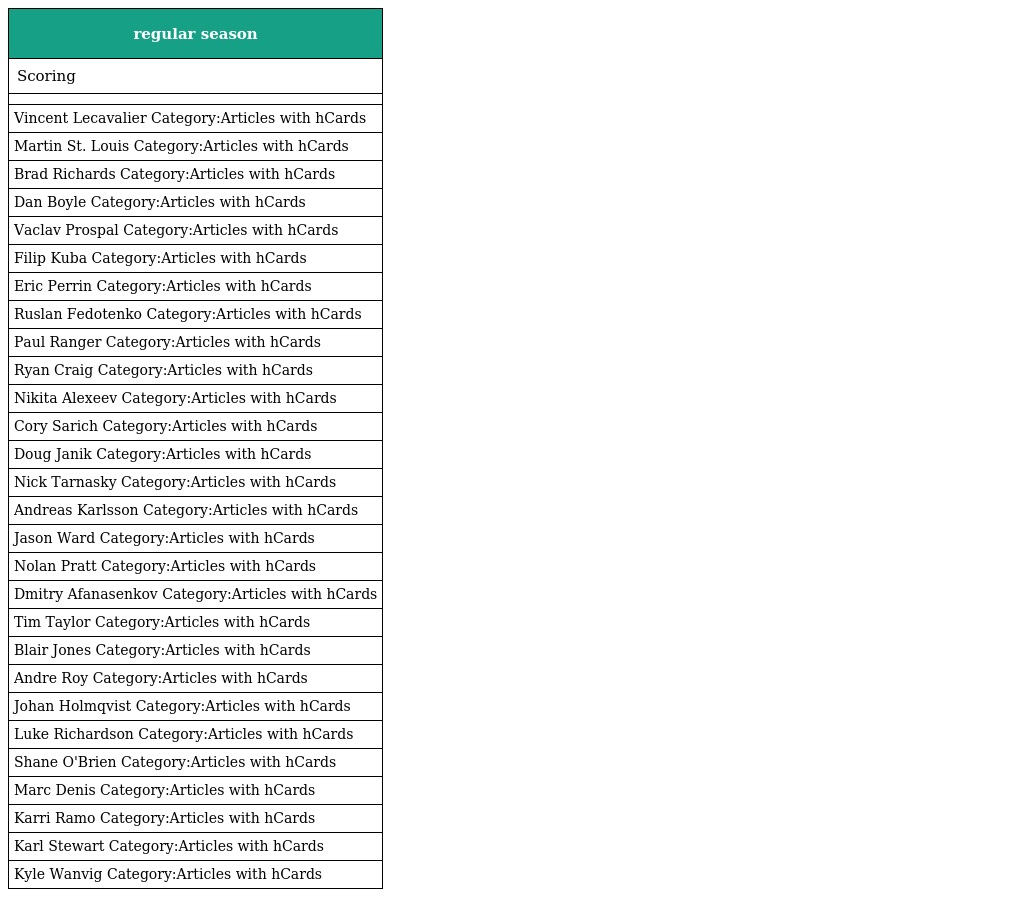
| regular season |
 | --- |
 | Scoring |
 |  |
 | Vincent Lecavalier Category:Articles with hCards |
 | Martin St. Louis Category:Articles with hCards |
 | Brad Richards Category:Articles with hCards |
 | Dan Boyle Category:Articles with hCards |
 | Vaclav Prospal Category:Articles with hCards |
 | Filip Kuba Category:Articles with hCards |
 | Eric Perrin Category:Articles with hCards |
 | Ruslan Fedotenko Category:Articles with hCards |
 | Paul Ranger Category:Articles with hCards |
 | Ryan Craig Category:Articles with hCards |
 | Nikita Alexeev Category:Articles with hCards |
 | Cory Sarich Category:Articles with hCards |
 | Doug Janik Category:Articles with hCards |
 | Nick Tarnasky Category:Articles with hCards |
 | Andreas Karlsson Category:Articles with hCards |
 | Jason Ward Category:Articles with hCards |
 | Nolan Pratt Category:Articles with hCards |
 | Dmitry Afanasenkov Category:Articles with hCards |
 | Tim Taylor Category:Articles with hCards |
 | Blair Jones Category:Articles with hCards |
 | Andre Roy Category:Articles with hCards |
 | Johan Holmqvist Category:Articles with hCards |
 | Luke Richardson Category:Articles with hCards |
 | Shane O'Brien Category:Articles with hCards |
 | Marc Denis Category:Articles with hCards |
 | Karri Ramo Category:Articles with hCards |
 | Karl Stewart Category:Articles with hCards |
 | Kyle Wanvig Category:Articles with hCards |